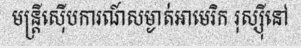
មន្ត្រីស៊ើបការណ៍សម្ងាត់អាមេរិក រុស្ស៊ីនៅ